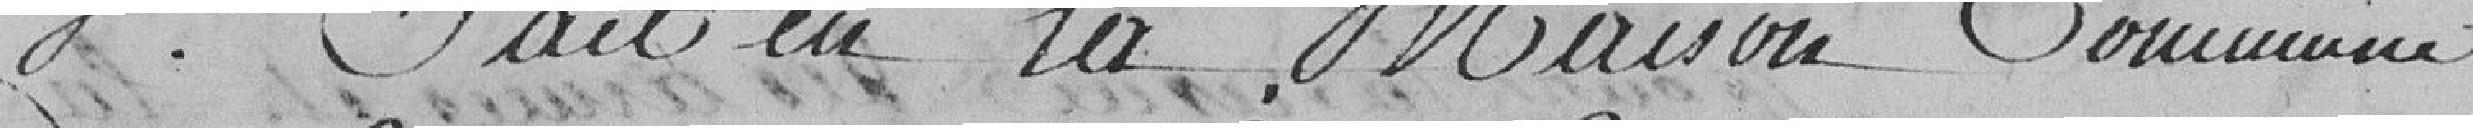
Fait en la Maison Commune